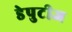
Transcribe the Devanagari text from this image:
डेपुटीज